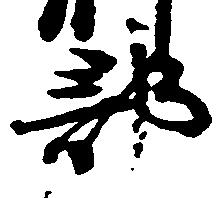
部